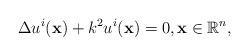
LaTeX: \begin{align*}\Delta u^i(\mathbf x)+k^2 u^i(\mathbf x)=0,\mathbf x\in \mathbb R^n,\end{align*}